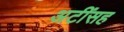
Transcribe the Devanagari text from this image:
अटींसह